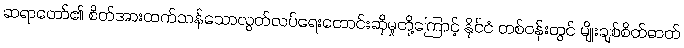
ဆရာတော်၏ စိတ်အားထက်သန်သောလွတ်လပ်ရေးတောင်းဆိုမှုတို့ကြောင့် နိုင်ငံ တစ်ဝန်းတွင် မျိုးချစ်စိတ်ဓာတ်